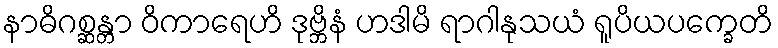
နာဓိဂစ္ဆန္တာ ဝိကာရေဟိ ဒုဗ္ဘိနံ ဟဒါမိ ရာဂါနုသယံ ရူပိယပက္ခေတိ